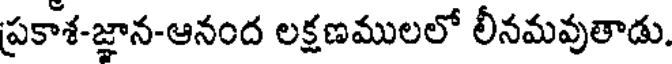
ప్రకాశ-జ్ఞాన-ఆనంద లక్షణములలో లీనమవుతాడు.